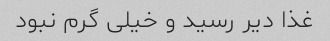
غذا دیر رسید و خیلی گرم نبود